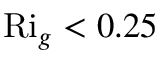
\mathrm { R i } _ { g } < 0 . 2 5